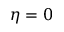
\eta = 0